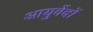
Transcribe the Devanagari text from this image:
आयुर्वेदों